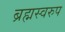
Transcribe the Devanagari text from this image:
ब्रह्मस्वरुप